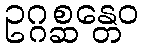
ဥဂ္ဂစ္ဆန္တေဝ